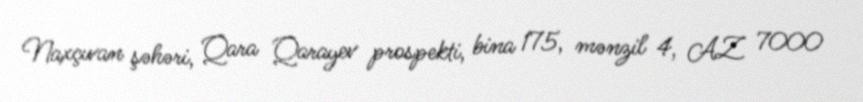
Naxçıvan şəhəri, Qara Qarayev prospekti, bina 175, mənzil 4, AZ 7000